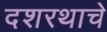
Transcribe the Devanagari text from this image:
दशरथाचे